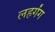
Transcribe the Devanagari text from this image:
लहर्गंग